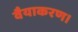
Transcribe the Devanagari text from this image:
वैयाकरण।